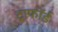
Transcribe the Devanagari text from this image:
ट्राफॉर्ड